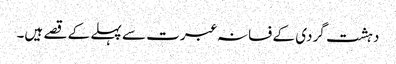
دہشت گردی کے فسانہ عبرت سے پہلے کے قصے ہیں۔